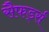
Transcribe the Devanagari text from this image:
सैफर्ड्स